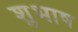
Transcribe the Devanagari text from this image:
शुभाष